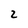
Character: 2